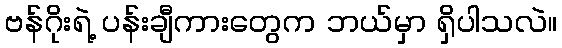
ဗန်ဂိုးရဲ့ ပန်းချီကားတွေက ဘယ်မှာ ရှိပါသလဲ။